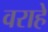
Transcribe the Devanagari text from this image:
वराहे